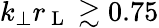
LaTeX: k_{\perp}r_{\mathrm{~L~}}\gtrsim 0.75